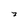
Character: 7